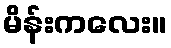
မိန်းကလေး။